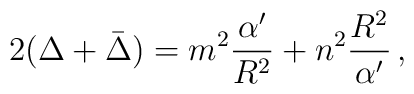
2(\Delta +\bar{\Delta})= m^2\frac{\alpha^\prime}{R^2}+n^2\frac{R^2}{\alpha^\prime}\, ,